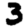
Digit: 3